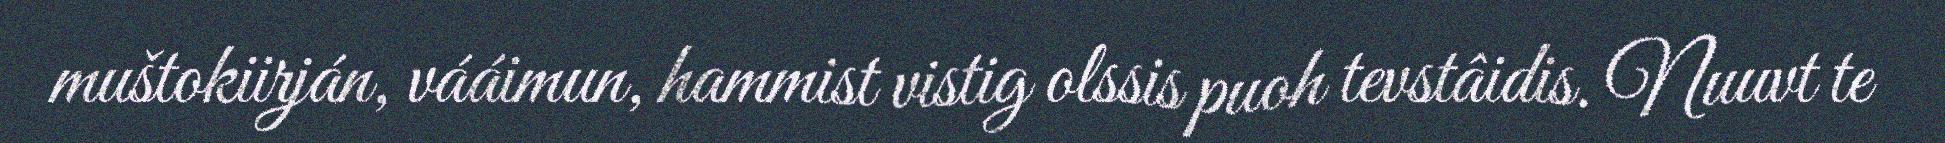
muštokiirján, vááimun, hammist vistig olssis puoh tevstâidis. Nuuvt te